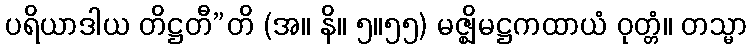
ပရိယာဒါယ တိဋ္ဌတီ”တိ (အ။ နိ။ ၅။၅၅) မဇ္ဈိမဋ္ဌကထာယံ ဝုတ္တံ။ တသ္မာ